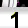
Digit: 1